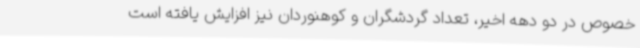
خصوص در دو دهه اخیر، تعداد گردشگران و کوهنوردان نیز افزایش یافته است